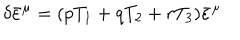
\delta { \bar { \varepsilon } } ^ { \mu } = ( p T _ { 1 } + q T _ { 2 } + r T _ { 3 } ) { \bar { \varepsilon } } ^ { \mu }